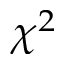
\chi ^ { 2 }